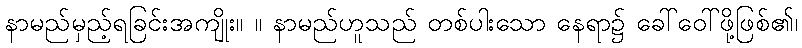
နာမည်မှည့်ရခြင်းအကျိုး။ ။ နာမည်ဟူသည် တစ်ပါးသော နေရာ၌ ခေါ်ဝေါ်ဖို့ဖြစ်၏၊